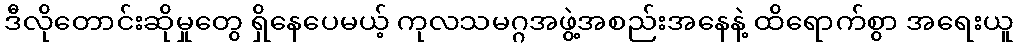
ဒီလိုတောင်းဆိုမှုတွေ ရှိနေပေမယ့် ကုလသမဂ္ဂအဖွဲ့အစည်းအနေနဲ့ ထိရောက်စွာ အရေးယူ